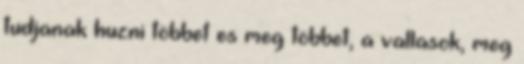
tudjanak huzni többet es meg többet, a vallasok, meg